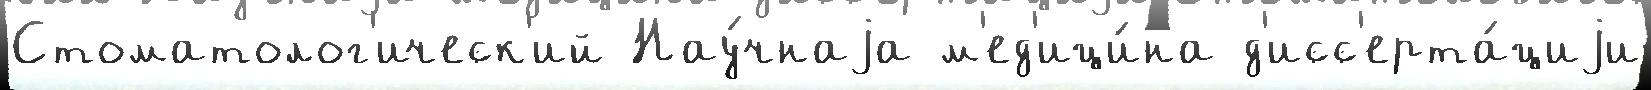
Стоматолог'ическ'ий Нау́чнаjа м'ед'ици́на д'исс'ерта́циjи